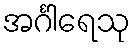
အင်္ဂါရေသု